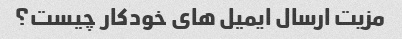
مزیت ارسال ایمیل های خودکار چیست؟